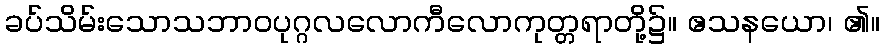
ခပ်သိမ်းသောသဘာဝပုဂ္ဂလလောကီလောကုတ္တရာတို့၌။ ဧသနယော၊ ၏။